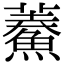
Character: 𩺁